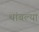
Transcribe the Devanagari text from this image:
थांबल्या